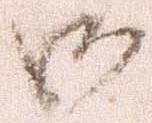
御